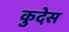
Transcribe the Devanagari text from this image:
कुदेस